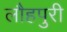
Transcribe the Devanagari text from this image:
लौहपुरी